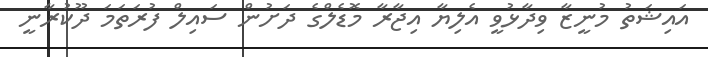
އައިޝަތު މުނީޒާ ވިދާޅުވީ އެލިޔާ އިޖާރާ މޮޑެލްގެ ދަށުން ސައިލް ފުރަތަމަ ދޫކުރާނީ